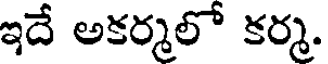
ఇదే అకర్మలో కర్మ.